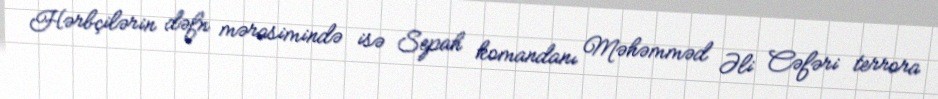
Hərbçilərin dəfn mərasimində isə Sepah komandanı Məhəmməd Əli Cəfəri terrora